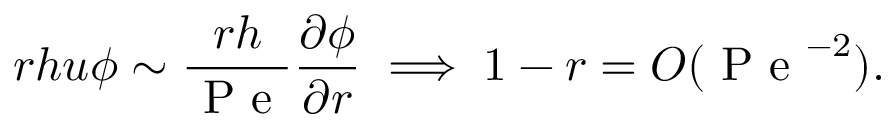
r h u \phi \sim \frac { r h } { \mathrm { ~ P ~ e ~ } } \frac { \partial \phi } { \partial r } \implies 1 - r = O ( \mathrm { ~ P ~ e ~ } ^ { - 2 } ) .